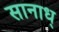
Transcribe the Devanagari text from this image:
सानाध्